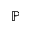
\mathbb { P }